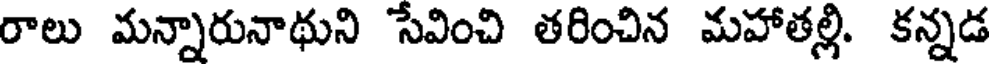
రాలు మన్నారునాథుని సేవించి తరించిన మహాతల్లి. కన్నడ